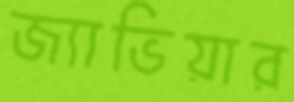
জ্যাভিয়ার